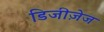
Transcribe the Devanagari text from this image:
डिजीज़ेज